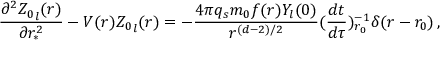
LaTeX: \frac { \partial ^ { 2 } { Z _ { 0 } } _ { l } ( r ) } { \partial r _ { * } ^ { 2 } } - V ( r ) { Z _ { 0 } } _ { l } ( r ) = - \frac { 4 \pi q _ { s } m _ { 0 } f ( r ) Y _ { l } ( 0 ) } { r ^ { ( d - 2 ) / 2 } } ( \frac { d t } { d \tau } ) _ { r _ { 0 } } ^ { - 1 } \delta ( r - r _ { 0 } ) \, ,